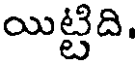
యిట్టిది.